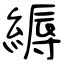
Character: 縟